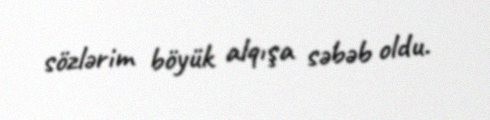
sözlərim böyük alqışa səbəb oldu.